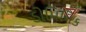
ડોમિનિક